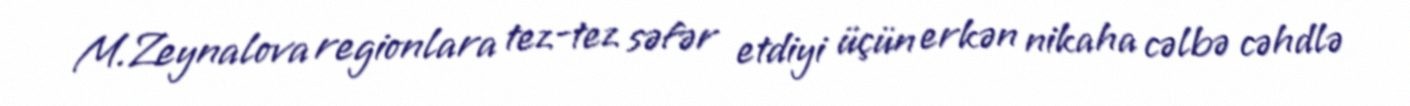
M.Zeynalova regionlara tez-tez səfər etdiyi üçün erkən nikaha cəlbə cəhdlə